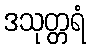
ဒသုတ္တရံ